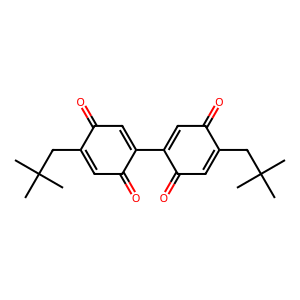
SMILES: CC(C)(C)CC1=CC(=O)C(C2=CC(=O)C(CC(C)(C)C)=CC2=O)=CC1=O
Inhibits HIV replication: No